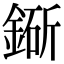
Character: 䤺